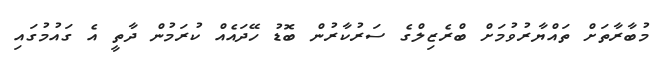
މުބާރާތަށް ތައްޔާރުވުމަށް ބްރެޒިލްގެ ސަރުކާރުން ބޮޑު ހޭދައެއް ކުރަމުން ދާތީ އެ ގައުމުގައި